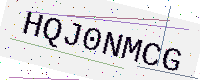
Text: HQJ0NMCG